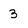
Character: 3